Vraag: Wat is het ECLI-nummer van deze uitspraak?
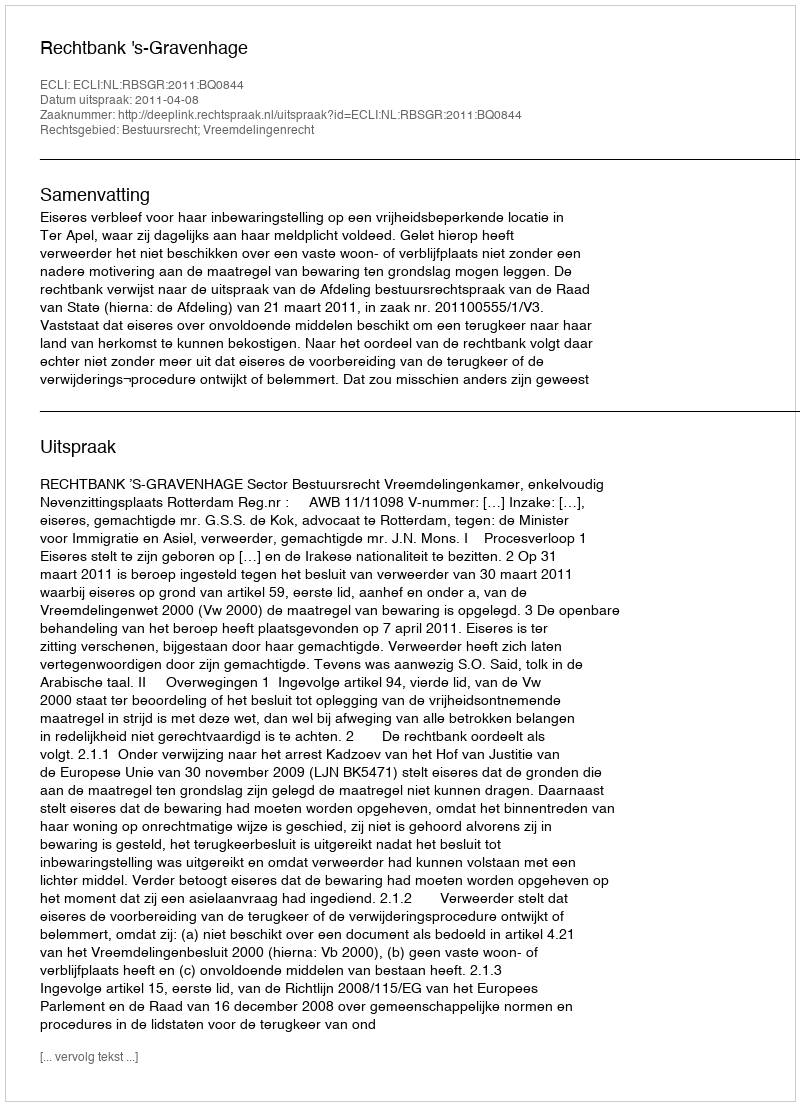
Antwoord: ECLI:NL:RBSGR:2011:BQ0844